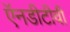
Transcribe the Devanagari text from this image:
ऍनडीटीवी